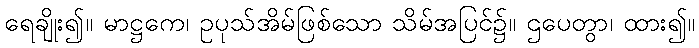
ရေချိုး၍။ မာဋ္ဌကေ၊ ဥပုသ်အိမ်ဖြစ်သော သိမ်အပြင်၌။ ဌပေတွာ၊ ထား၍။